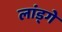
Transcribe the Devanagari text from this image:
लांड्गे